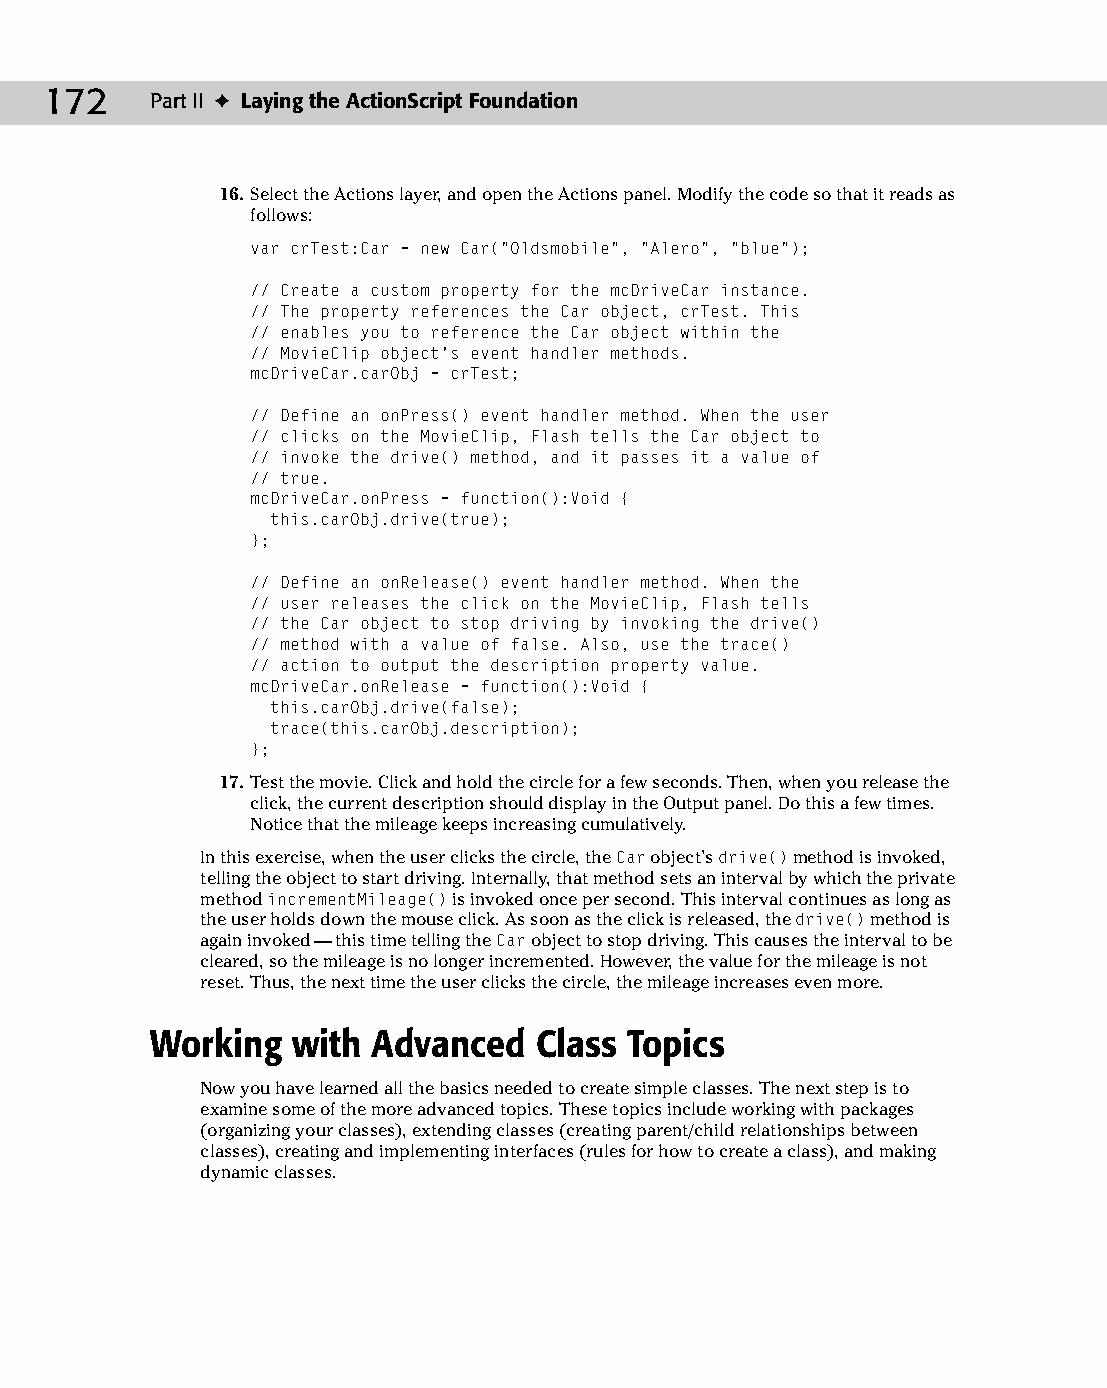
10 543547 ch07.qxd 3/24/04 3:50 PM Page 172
 172    Part II ✦ Laying the ActionScript Foundation
 16. Select the Actions layer, and open the Actions panel. Modify the code so that it reads as
 follows:
 var crTest:Car = new Car(“Oldsmobile”, “Alero”, “blue”);
 // Create a custom property for the mcDriveCar instance.
 // The property references the Car object, crTest. This
 // enables you to reference the Car object within the
 // MovieClip object’s event handler methods.
 mcDriveCar.carObj = crTest;
 // Define an onPress() event handler method. When the user
 // clicks on the MovieClip, Flash tells the Car object to
 // invoke the drive() method, and it passes it a value of
 // true.
 mcDriveCar.onPress = function():Void {
 this.carObj.drive(true);
 };
 // Define an onRelease() event handler method. When the
 // user releases the click on the MovieClip, Flash tells
 // the Car object to stop driving by invoking the drive()
 // method with a value of false. Also, use the trace()
 // action to output the description property value.
 mcDriveCar.onRelease = function():Void {
 this.carObj.drive(false);
 trace(this.carObj.description);
 };
 17. Test the movie. Click and hold the circle for a few seconds. Then, when you release the
 click, the current description should display in the Output panel. Do this a few times.
 Notice that the mileage keeps increasing cumulatively.
 In this exercise, when the user clicks the circle, the Car object’s drive() method is invoked,
 telling the object to start driving. Internally, that method sets an interval by which the private
 method incrementMileage() is invoked once per second. This interval continues as long as
 the user holds down the mouse click. As soon as the click is released, the drive() method is
 again invoked — this time telling the Car object to stop driving. This causes the interval to be
 cleared, so the mileage is no longer incremented. However, the value for the mileage is not
 reset. Thus, the next time the user clicks the circle, the mileage increases even more.
 Working  with  Advanced  Class  Topics
 Now you have learned all the basics needed to create simple classes. The next step is to
 examine some of the more advanced topics. These topics include working with packages
 (organizing your classes), extending classes (creating parent/child relationships between
 classes), creating and implementing interfaces (rules for how to create a class), and making
 dynamic classes.